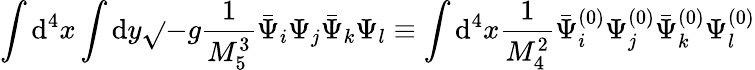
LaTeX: \int\mathrm{d}^{4}x\int\mathrm{d}y\sqrt{}{{-g}}\frac{{1}}{{M_{5}^{3}}}\bar{{\Psi}}_{i}\Psi_{j}\bar{{\Psi}}_{k}\Psi_{l}\equiv\int\mathrm{d}^{4}x\frac{{1}}{{M_{4}^{2}}}\bar{{\Psi}}_{i}^{(0)}\Psi_{j}^{(0)}\bar{{\Psi}}_{k}^{(0)}\Psi_{l}^{(0)}